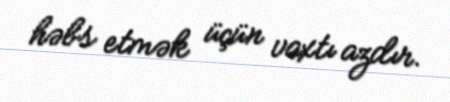
həbs etmək üçün vaxtı azdır.